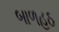
બાળહઠ